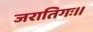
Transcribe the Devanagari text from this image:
जरातिगः।।